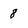
Character: 8